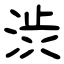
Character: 渋